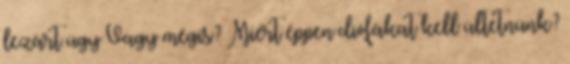
lezárt ügy Vagy mégis? Miért éppen diófákat kell ültetnünk?